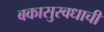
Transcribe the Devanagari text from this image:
बकासुरवधाची